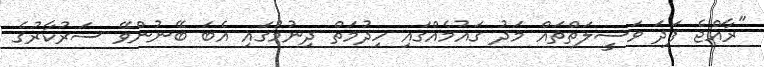
"ރާއްޖެ ފަދަ ވަސީލަތްތައް މަދު ގައުމެއްގައި ހިދުމަތް ދިނުމުގައި އެބަ ބޭނުންވޭ ސަރުކާރުގެ